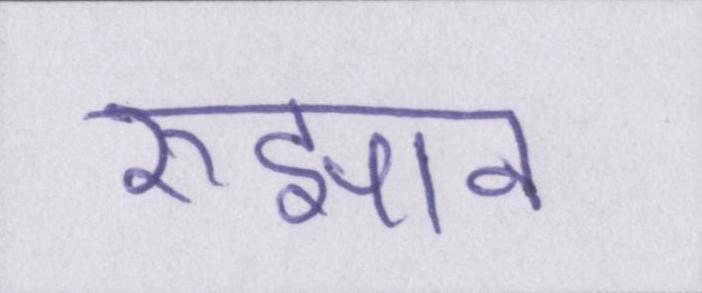
रुझान